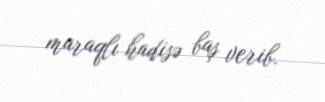
maraqlı hadisə baş verib.